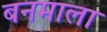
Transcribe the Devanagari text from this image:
बनमाला